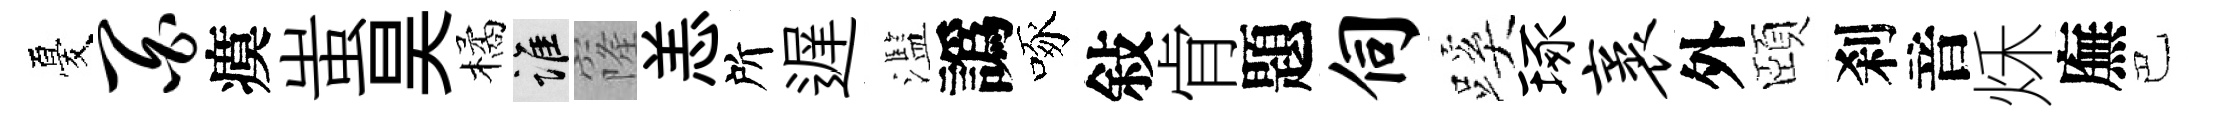
憂百瘼蚩昊橘誰窿恙所遅濫譌啄敍肻題伺蹊琢袤外頤刹音秌廡巴